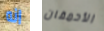
انه الأحمقان